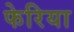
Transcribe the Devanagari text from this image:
फेरिया